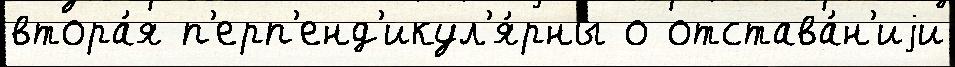
втора́я п'ерп'енд'икул'я́рны о отстава́н'иjи